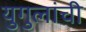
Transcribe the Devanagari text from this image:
युगुलांची